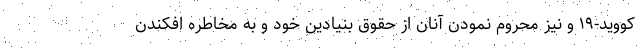
کووید-۱۹ و نیز محروم نمودن آنان از حقوق بنیادین خود و به مخاطره افکندن